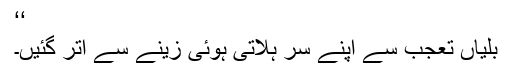
‘‘
بلّیاں تعجب سے اپنے سر ہلاتی ہوئی زینے سے اتر گئیں۔